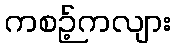
ကစဉ့်ကလျား